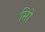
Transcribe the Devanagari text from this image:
मिो